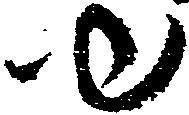
ゆ